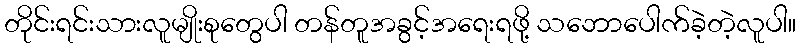
တိုင်းရင်းသားလူမျိုးစုတွေပါ တန်တူအခွင့်အရေးရဖို့ သဘောပေါက်ခဲ့တဲ့လူပါ။